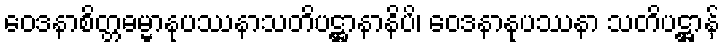
ဝေဒနာစိတ္တဓမ္မာနုပဿနာသတိပဋ္ဌာနာနိပိ၊ ဝေဒနာနုပဿနာ သတိပဋ္ဌာန်